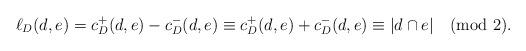
LaTeX: \begin{align*}\ell_{D}(d,e)=c_{D}^{+}(d,e)-c_{D}^{-}(d,e)\equiv c_{D}^{+}(d,e)+c_{D}^{-}(d,e)\equiv|d\cap e|\pmod 2.\end{align*}